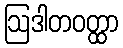
ဩဒါတဝတ္ထာ